Report on sanitation, dispensaries, and jails in Rajputana for 1918, and on vaccination for the year 1918-1919 - 1918-1919
Year: 1918
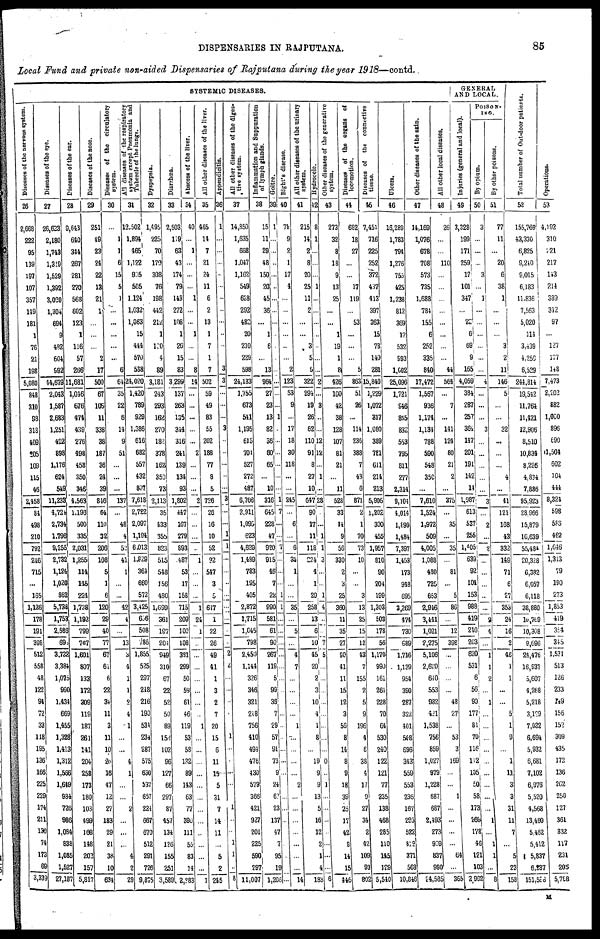
DISPENSARIES IN RAJPUTANA.
85
Local Fund and private non-aided Dispensaries of Rajputana during the year 1918—contd..
SYSTEMIC DISEASES.
Diseases of the nervous system.
26
2,668
222
95
139
197
107
357
149
181
1
76
21
198
5,080
848
310
98
318
409
205
109
115
46
2,458
84
498
210
792
246
715
...
165
1,126
178
191
398
512
558
48
122
94
72
33
118
195
136
166
225
229
174
211
130
74
173
69
3,339
Diseases of the eye.
27
26,623
2,180
1,743
1,319
1,529
1,392
3,020
1,304
694
9
482
604
992
44,679
2,043
1,587
2,683
1,251
422
898
1,176
624
549
11,238
4,724
2,734
1,796
9,255
2,732
1,124
1,020
862
5,738
1,753
2,586
698
3,732
3,384
1,075
990
1,434
669
1,455
1,328
1,413
1,312
1,566
1,649
934
726
986
1,084
838
1,085
1,527
27,187
Diseases of the ear.
28
9,643
640
344
267
281
270
568
602
123
1
116
57
266
11,681
1,016
676
474
439
276
498
458
350
346
4,563
1,196
500
335
2,031
1,255
114
145
224
1,738
1,192
799
767
1,601
807
133
172
309
119
187
261
141
204
258
173
180
103
499
168
148
202
157
5,817
Diseases of the nose.
29
251
49
23
24
22
13
21
1
...
...
...
2
17
500
67
105
11
338
38
187
36
24
39
846
64
110
32
206
108
5
1
6
120
29
40
77
67
61
6
22
34
11
3
11
10
26
16
47
12
27
183
29
21
38
10
634
Diseases of the circulatory
system.
30
...
1
1
6
15
5
1
...
...
...
...
...
6
64
35
22
6
14
9
51
...
...
...
187
...
48
4
52
41
1
...
...
42
4
...
13
3
4
1
1
2
4
1
...
...
4
1
...
...
2
...
...
...
4
2
29
All diseases of the respiratory
system except Pneumonia and
Tube r
c l
e of t he l ungs.
31
12,502
1,894
465
1,122
905
505
1,124
1,032
1,063
15
444
570
538
24,020
1,420
789
929
1,386
616
682
557
432
807
7,618
2,722
2,097
1,194
6,013
1,829
364
660
572
3,425
656
508
786
1,855
525
297
218
216
190
534
234
287
575
630
537
657
224
667
670
512
291
726
9,875
Dyspepsia.
32
1,495
225
70
179
308
76
198
442
212
1
120
4
89
3,181
243
293
162
270
182
378
162
350
73
2,113
35
433
355
823
515
548
156
480
1,699
361
197
204
949
310
67
22
52
50
89
154
102
96
127
66
297
87
457
134
126
155
251
3,589
Diarrhœa.
33
2,503
119
63
43
174
79
143
272
108
1
26
15
83
3,299
137
263
135
344
316
241
139
134
93
1,802
447
167
279
893
487
53
17
158
715
209
100
108
331
299
50
59
61
46
119
53
58
132
89
143
63
77
390
111
55
83
14
2,283
Abscess of the liver.
34
40
...
1
...
...
...
1
...
...
1
...
...
8
14
...
...
...
...
...
2
...
...
...
2
...
...
...
...
1
...
...
1
24
1
...
...
...
...
...
...
...
1
...
...
...
...
...
...
...
...
...
...
...
...
1
All other diseases of the liver.
35
465
14
7
21
24
11
6
2
13
1
7
1
7
502
59
49
83
55
202
188
77
8
5
726
26
16
10
52
92
547
3
5
647
1
22
26
49
41
1
3
2
7
20
15
6
11
15
5
31
7
14
11
...
5
2
245
Appendicitis.
36
1
...
...
...
...
...
...
...
...
...
...
...
3
3
...
...
...
3
...
...
...
...
...
3
...
...
1
1
...
...
...
...
...
...
...
...
2
2
...
...
...
...
1
...
...
...
...
1
...
...
1
1
...
8
All other diseases of the diges¬
tive system.
37
14,850
1,635
668
1,047
1,162
549
658
292
482
20
210
229
598
24,133
1,755
673
541
1,195
615
701
527
272
487
6,766
2,911
1,095
623
4,629
1,489
783
195
405
2,872
1,715
1,045
798
2,450
1,144
326
346
321
248
756
410
494
476
430
579
366
421
927
201
225
590
297
11,007
Inflammation and Suppuration
of lymph glands.
38
15
11
29
48
150
20
45
36
...
1
6
...
13
964
27
23
13
82
36
60
65
...
10
316
645
228
47
920
915
46
7
22
990
581
61
90
267
119
5
99
35
7
29
57
91
73
9
24
62
23
137
47
7
95
19
1,206
Goitre.
39
1
...
...
...
...
...
...
...
...
...
...
...
...
...
...
...
1
...
...
...
...
...
...
1
7
...
...
7
...
...
...
1
1
...
...
...
...
...
...
...
...
...
...
...
...
...
...
...
...
...
...
...
Bight's disease.
40
79
9
2
1
17
4
...
...
...
...
...
...
2
123
53
9
...
17
18
30
118
...
...
245
...
6
...
6
34
1
...
...
35
...
5
...
4
7
...
...
...
...
1
...
...
...
...
2
...
...
...
...
...
...
...
14
All other diseases of the urinary
system.
41
215
14
2
8
20
25
11
2
...
...
3
5
5
322
294
19
26
62
110
91
8
27
10
647
90
17
11
118
224
4
1
20
258
13
6
10
45
20
2
3
10
4
1
8
...
19
9
9
13
5
16
12
2
1
4
183
Hydrocele
42
8
1
...
...
...
1
...
...
...
...
...
...
...
2
...
3
...
...
12
12
...
1
...
28
...
...
1
1
3
...
...
1
4
...
...
7
5
...
...
...
...
...
...
...
...
0
...
1
...
...
...
...
...
...
...
6
Other diseases of the generative
system.
43
273
32
8
18
9
13
25
...
...
1
19
1
8
426
100
42
38
128
107
81
21
...
11
528
33
14
9
56
330
2
3
25
360
11
35
27
90
41
11
15
12
3
56
8
14
8
9
18
39
25
17
42
9
14
15
446
Diseases of the organs of
locomotion.
44
682
18
27
...
...
17
119
...
53
...
...
...
5
863
51
26
...
114
236
388
7
43
6
871
2
1
70
73
10
...
...
3
13
25
15
12
43
7
155
2
5
9
196
4
6
38
4
17
9
27
34
2
42
109
93
802
Diseases of the connective
tissue.
45
7,451
716
225
252
372
437
413
397
363
15
78
140
281
15,840
1,229
1,072
317
1,080
389
781
611
214
213
5,906
1,202
300
455
1,957
810
90
204
199
1,303
503
178
56
1,170
990
161
261
228
70
64
530
240
122
121
77
235
138
468
285
110
145
129
5,540
Ulcers.
46
16,289
1,783
794
1,276
755
425
1,238
812
369
12
532
993
1,002
25,096
1,721
946
855
832
553
795
811
277
2,314
9,104
4,014
1,899
1,484
7,397
1,453
173
948
695
3,269
474
730
689
1,716
1,139
954
390
287
322
401
568
696
343
559
553
236
167
295
522
819
371
568
10,846
Other diseases of the skin.
47
14,169
1,076
678
708
573
735
1,688
784
155
6
252
335
840
17,472
1,567
936
1,174
1,134
788
590
548
350
...
7,610
1,524
1,972
509
4,005
1,088
480
725
653
2,946
3,441
1,021
2,275
5,106
2,620
640
553
932
421
1,538
756
859
1,027
979
1,228
687
687
2,493
273
909
837
990
24,585
All other local diseases.
48
26
...
...
110
...
...
...
...
...
...
...
...
44
564
...
7
...
141
124
80
21
2
...
375
...
35
...
35
...
81
...
5
86
...
12
398
...
...
...
...
48
27
...
53
3
169
...
...
1
...
...
...
...
64
...
365
GENERAL
AND LOCAL.
Injuries (general and local).
49
3,328
199
171
259
17
101
347
...
22
6
69
9
165
4,059
384
287
257
364
147
201
191
142
14
1,987
613
537
255
1,405
639
92
104
153
988
419
210
203
620
531
6
56
90
177
81
70
116
112
105
50
58
173
269
178
46
121
103
2,992
POISON¬
ING.
By opium.
50
3
...
...
...
3
...
1
...
...
...
...
...
...
4
...
...
...
3
...
...
...
...
...
3
...
2
...
2
...
...
...
...
...
2
4
...
1
1
2
...
1
...
...
...
...
...
...
...
...
...
1
...
1
1
...
8
By other poisons.
51
77
11
...
20
6
38
1
...
...
...
3
2
11
146
5
...
...
32
...
...
...
4
...
41
121
168
43
332
149
71
6
27
353
24
16
2
46
1
1
...
...
5
1
9
...
1
11
3
3
31
11
7
...
5
23
158
Total number of Out-door patients.
52
155,769
43,330
6,825
9,240
9,015
6,183
11,836
7,563
5,020
114
3,439
4,259
6,529
244,814
19,542
11,764
11,421
12,906
8,510
10,834
8,226
4,834
7,886
95,923
28,966
15,879
10,639
55,484
20,328
6,382
6,057
6,118
38,880
10,769
10,308
9,696
24,476
16,937
5,607
4,268
5,218
3,129
7,032
6,694
5,932
6,681
7,102
6,976
5,520
4,568
13,460
5,462
5,412
5,837
6,287
151,596
Operations.
53
4,192
310
221
217
143
214
389
342
97
...
127
177
148
7,473
2,202
882
1,000
896
690
1,504
602
104
444
8,324
598
583
462
1,646
1,313
79
190
273
1,853
419
354
345
1,531
513
126
233
149
156
152
309
435
172
136
202
250
127
361
332
117
231
205
5,788
M